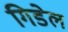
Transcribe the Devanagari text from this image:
गिडेल